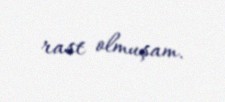
rast olmuşam.